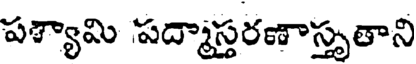
పశ్యామి పద్మాస్తరణాస్తృతాని